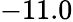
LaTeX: -11.0